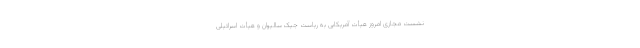
نشست مجازی امروز هیأت آمریکایی به ریاست جیک سالیوان و هیأت اسرائیلی